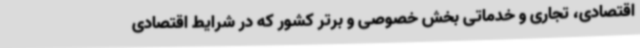
اقتصادی، تجاری و خدماتی بخش خصوصی و برتر کشور که در شرایط اقتصادی